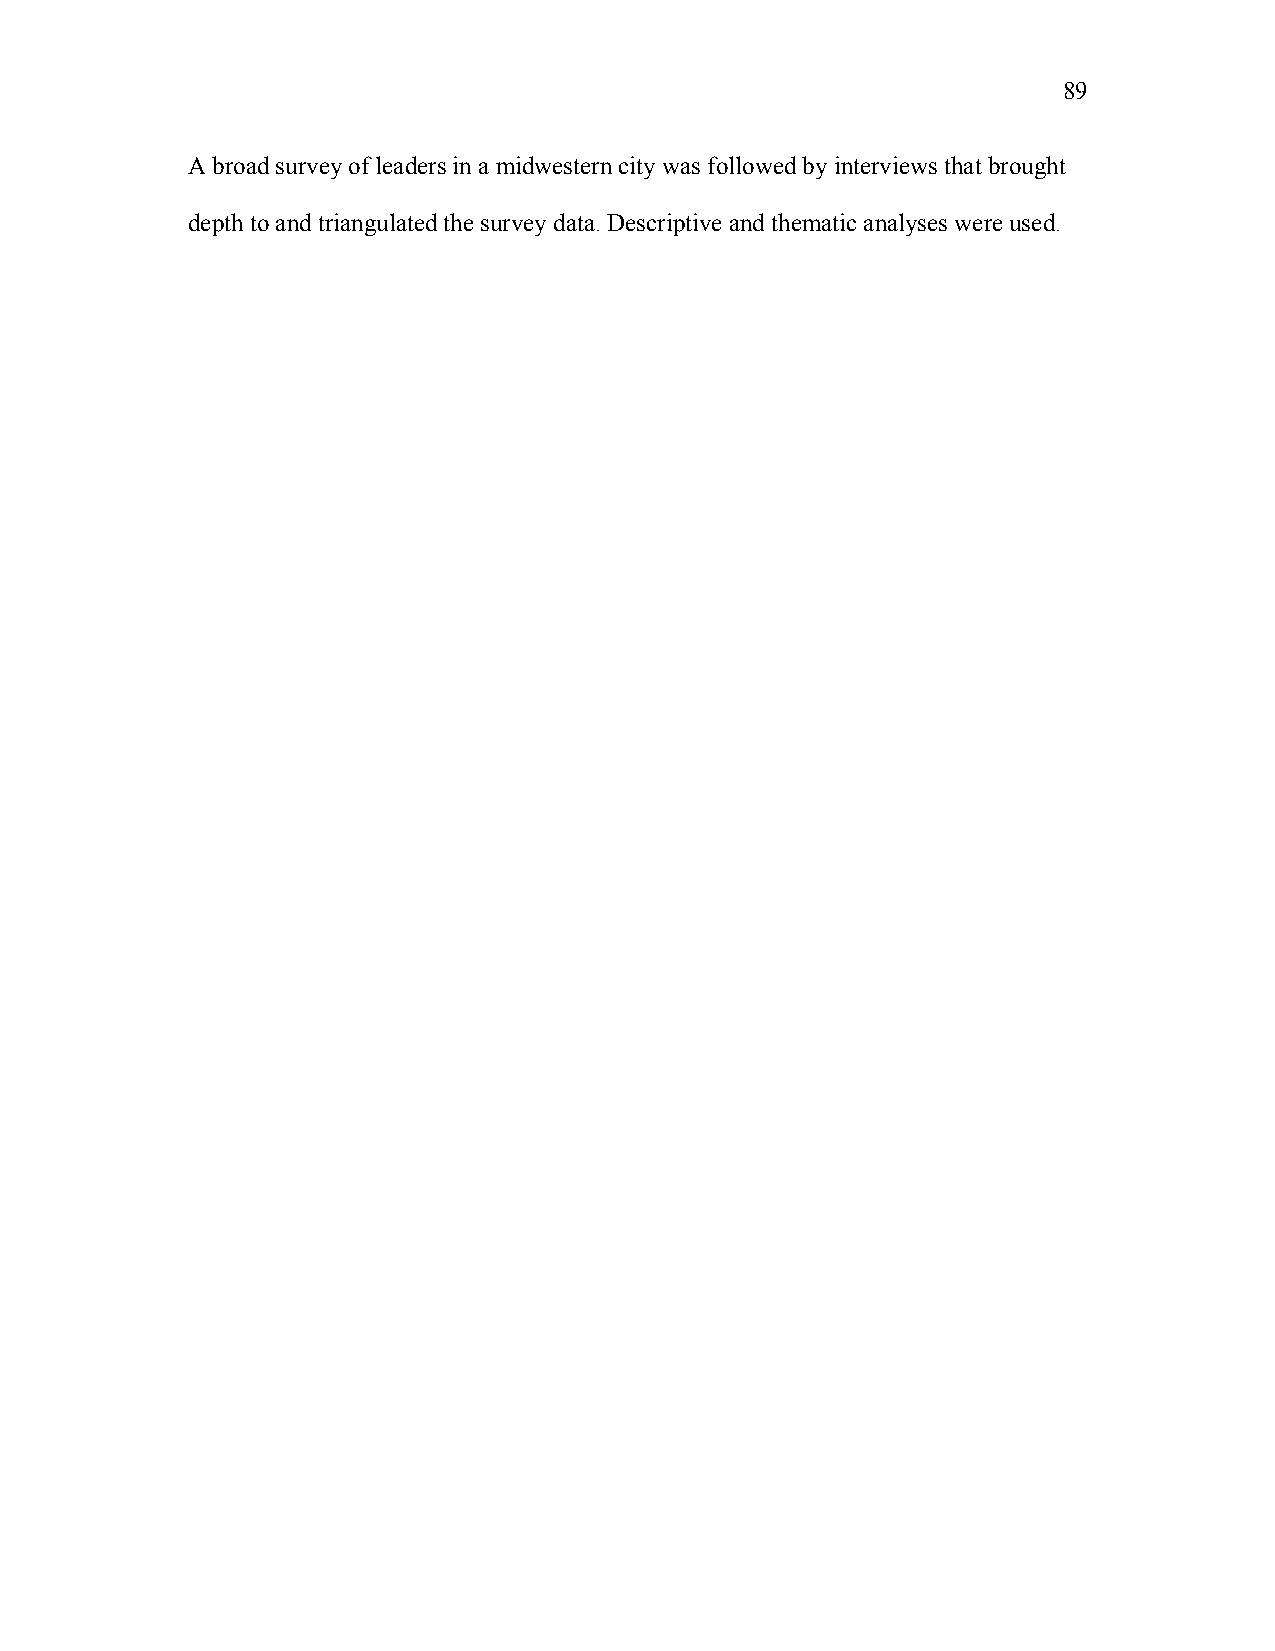
89
 A broad survey of leaders in a midwestern city was followed by interviews that brought
 depth to and triangulated the survey data. Descriptive and thematic analyses were used.